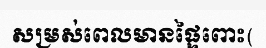
សម្រស់ពេលមានផ្ទៃពោះ(